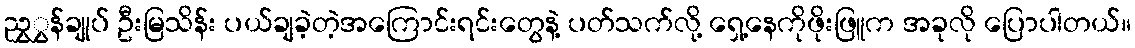
ညွှွှန်ချုပ် ဦးမြသိန်း ပယ်ချခဲ့တဲ့အကြောင်းရင်းတွေနဲ့ ပတ်သက်လို့ ရှေ့နေကိုဖိုးဖြူက အခုလို ပြောပါတယ်။